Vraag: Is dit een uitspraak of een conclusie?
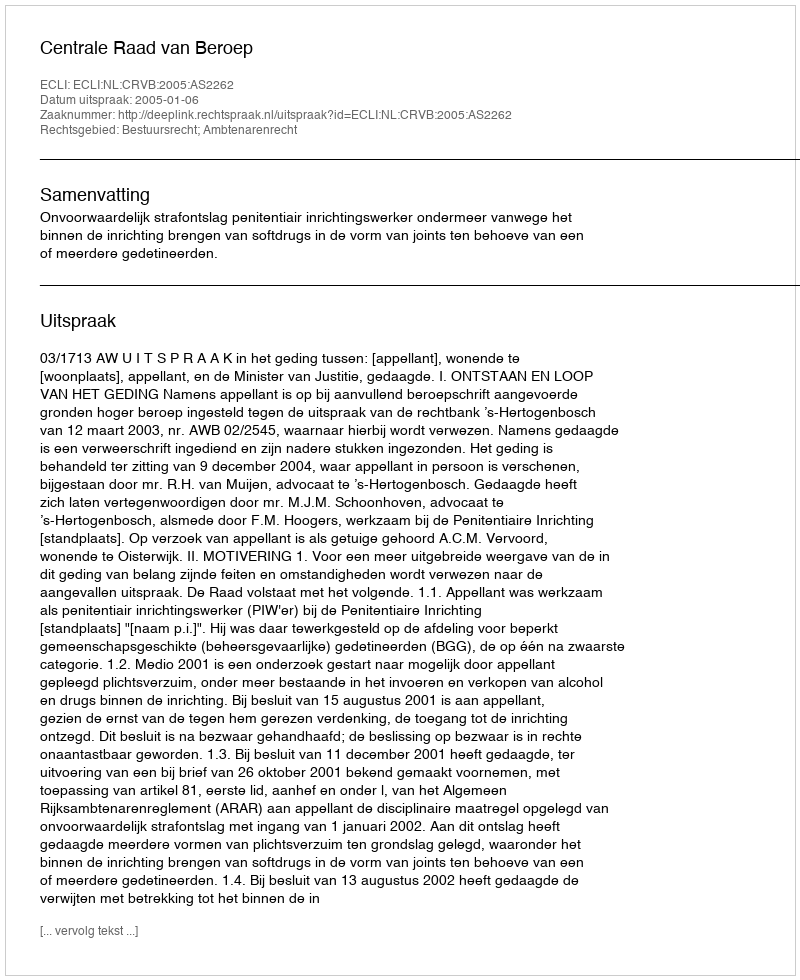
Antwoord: Uitspraak